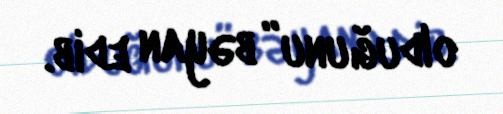
olduğunu” bəyan edib.